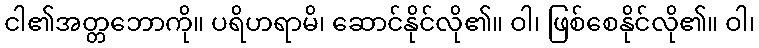
ငါ၏အတ္တဘောကို။ ပရိဟရာမိ၊ ဆောင်နိုင်လို၏။ ဝါ၊ ဖြစ်စေနိုင်လို၏။ ဝါ၊